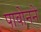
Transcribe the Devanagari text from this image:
पावोनने